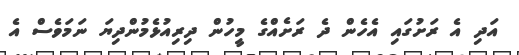
އަދި އެ ރަށުގައި އެހެން ދެ ރަށެއްގެ މީހުން ދިރިއުޅެމުންދިޔަ ނަމަވެސް އެ